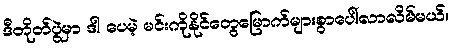
ဒီတိုတ်ပွဲမှာ ဒါ ပေမဲ့ မင်းကိုနိုင်တွေမြောက်များစွာပေါ်လာလိမ်မယ်။